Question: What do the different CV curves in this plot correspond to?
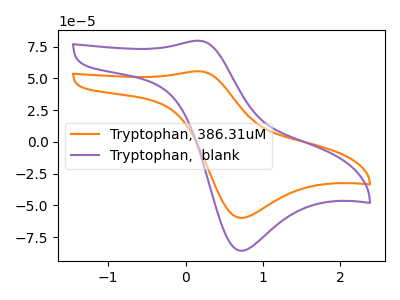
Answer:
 <answer>The orange curve is labeled "Tryptophan, 386.31uM". The purple curve is labeled "Tryptophan,  blank".</answer>
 <eval></eval>